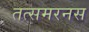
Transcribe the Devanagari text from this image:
तत्समरनस